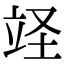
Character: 䇈